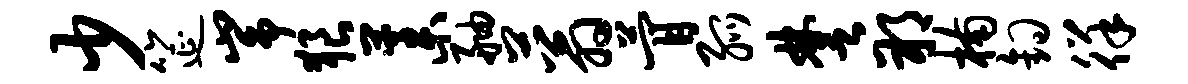
少筵峥狼藁舳蓊瞢弧楚朔楠钩徉